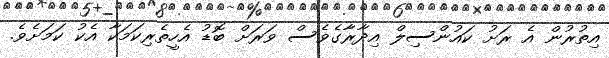
އިތުރުން އެ ރަށު ކައުންސިލް އިދާރާގެވެސް ވަރަށް ބޮޑު އެހީތެރިކަމަކާ އެކު ކަމަށެވެ.